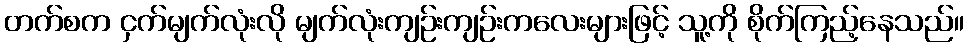
တက်စက ငှက်မျက်လုံးလို မျက်လုံးကျဉ်းကျဉ်းကလေးများဖြင့် သူ့ကို စိုက်ကြည့်နေသည်။